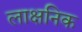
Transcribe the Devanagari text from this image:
लाक्षनिक